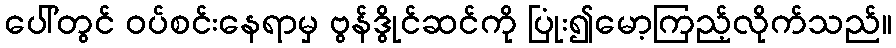
ပေါ်တွင် ဝပ်စင်းနေရာမှ ဗွန်ဒွိုင်ဆင်ကို ပြုံး၍မော့ကြည့်လိုက်သည်။